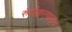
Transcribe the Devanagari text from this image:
रुंदीकरणातून